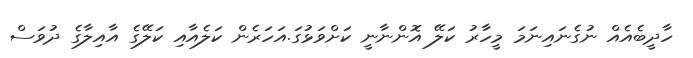
ހާދީބެއެއް ނުގެނައިނަމަ މީހަާރު ކަލޭ އޮންނާނީ ކަށްވަޅުގަ.އަހަރެން ކަލެއާއި ކަލޭގެ އާއިލާގެ ދުވަސް